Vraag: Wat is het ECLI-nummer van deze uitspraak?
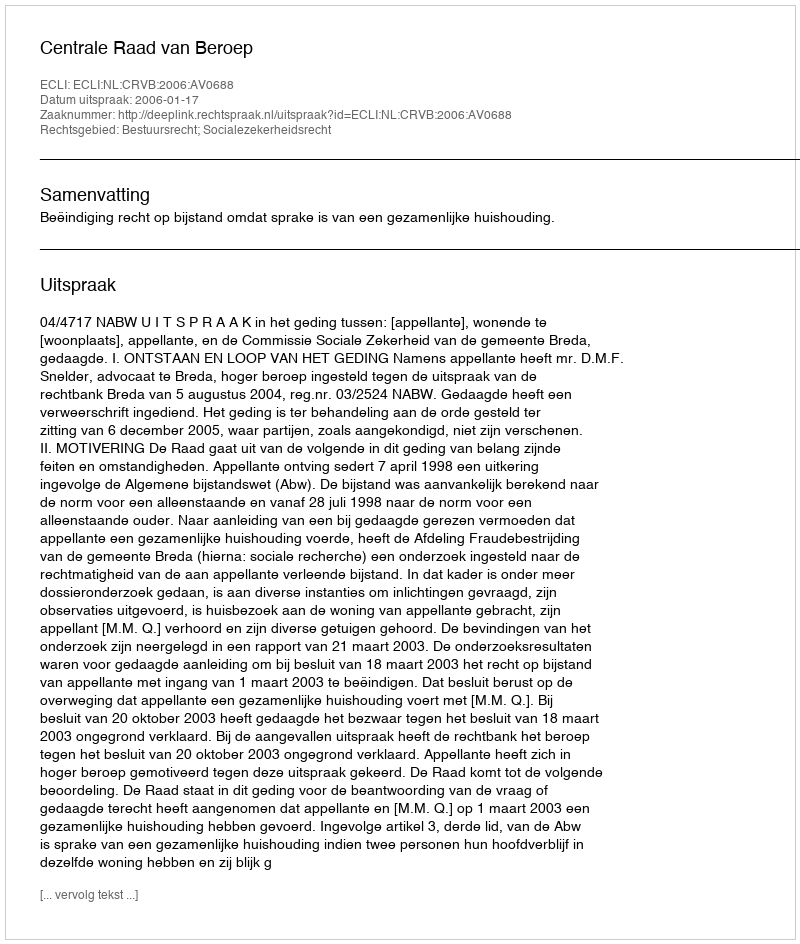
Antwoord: ECLI:NL:CRVB:2006:AV0688